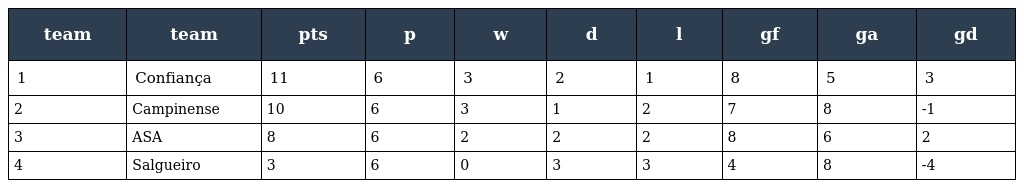
| team | team | pts | p | w | d | l | gf | ga | gd |
 | --- | --- | --- | --- | --- | --- | --- | --- | --- | --- |
 | 1 | Confiança | 11 | 6 | 3 | 2 | 1 | 8 | 5 | 3 |
 | 2 | Campinense | 10 | 6 | 3 | 1 | 2 | 7 | 8 | -1 |
 | 3 | ASA | 8 | 6 | 2 | 2 | 2 | 8 | 6 | 2 |
 | 4 | Salgueiro | 3 | 6 | 0 | 3 | 3 | 4 | 8 | -4 |